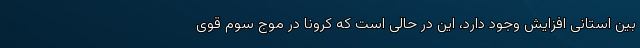
بین استانی افزایش وجود دارد، این در حالی است که کرونا در موج سوم قوی